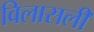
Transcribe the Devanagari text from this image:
विलासली